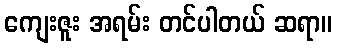
ကျေးဇူး အရမ်း တင်ပါတယ် ဆရာ။